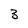
Character: 3